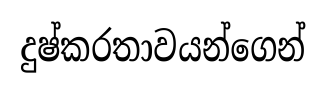
දුෂ්කරතාවයන්ගෙන්